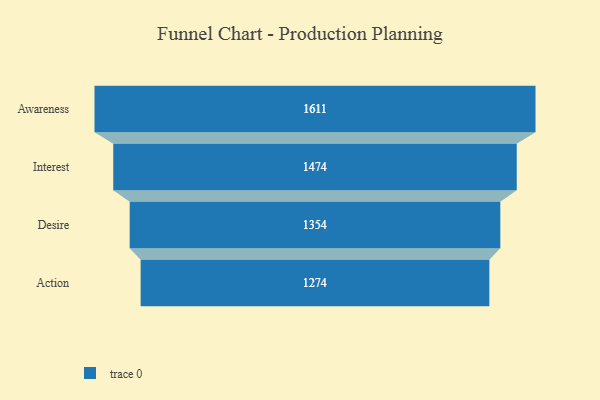
{"axis": {"x": "Stage", "y": "Value"}, "legend": [""], "data": [{"x": "Awareness", "y": 1611.0, "type": ""}, {"x": "Interest", "y": 1474.0, "type": ""}, {"x": "Desire", "y": 1354.0, "type": ""}, {"x": "Action", "y": 1274.0, "type": ""}]}